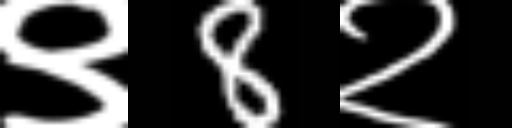
Text: ९8२